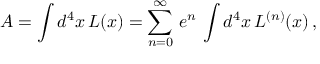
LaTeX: A = \int d ^ { 4 } x \, { \cal L } ( x ) = \sum _ { n = 0 } ^ { \infty } \, e ^ { n } \, \int d ^ { 4 } x \, { \cal L } ^ { ( n ) } ( x ) \, ,